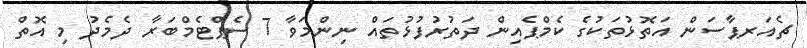
ޗެއަރޕާސަން އަތޮޅުތަކުގެ ކެމްޕެއިން ދަތުރުފުޅުތައް ނިންމަވާ 7 ސެޕްޓެމްބަރާ ދެމެދު މި އޮތް